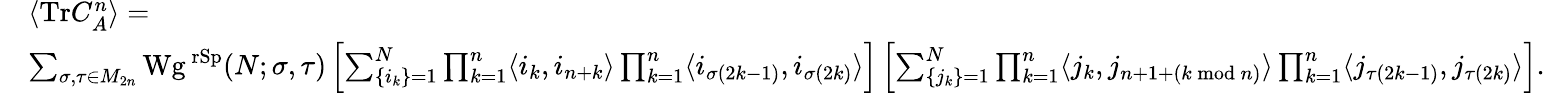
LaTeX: \begin{array}{rl}&{\langle\mathrm{Tr}C_{A}^{n}\rangle=}\\ &{\sum_{\sigma,\tau\in M_{2n}}\mathrm{Wg}^{\mathrm{\ rSp}}(N;\sigma,\tau)\left[\sum_{\lbrace i_{k}\rbrace=1}^{N}\prod_{k=1}^{n}\langle i_{k},i_{n+k}\rangle\prod_{k=1}^{n}\langle i_{\sigma(2k-1)},i_{\sigma(2k)}\rangle\right]\left[\sum_{\lbrace j_{k}\rbrace=1}^{N}\prod_{k=1}^{n}\langle j_{k},j_{n+1+(k\bmod n)}\rangle\prod_{k=1}^{n}\langle j_{\tau(2k-1)},j_{\tau(2k)}\rangle\right].}\end{array}